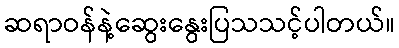
ဆရာဝန်နဲ့ဆွေးနွေးပြသသင့်ပါတယ်။